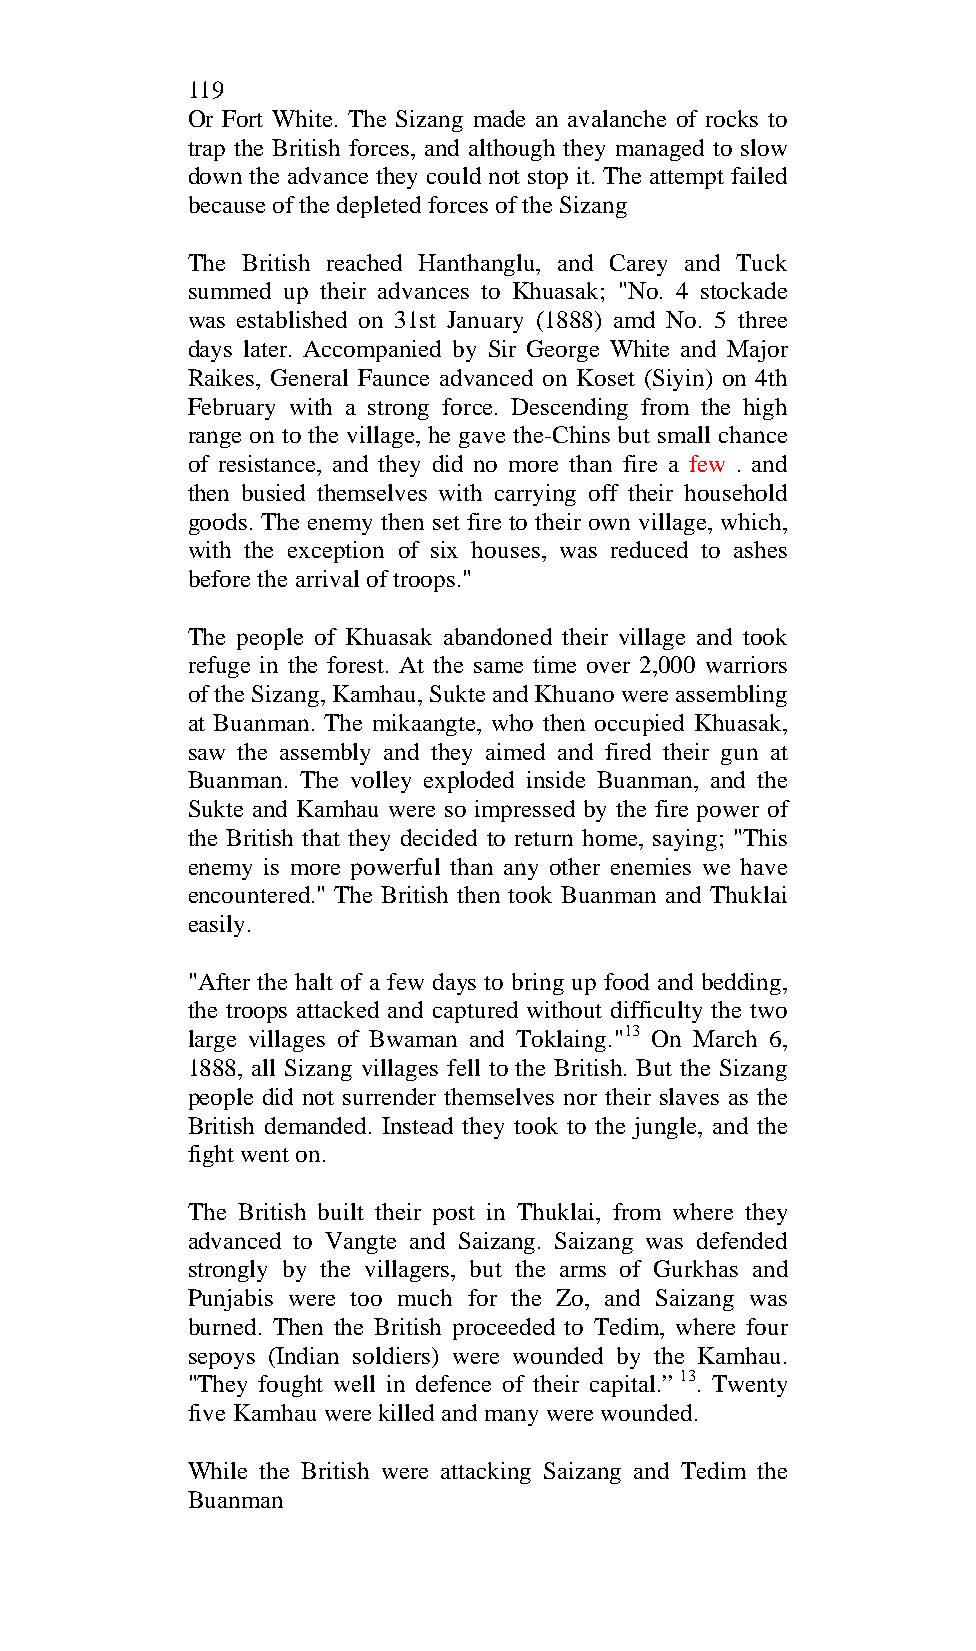
119
 Or Fort White. The Sizang made an avalanche of rocks to
 trap the British forces, and although they managed to slow
 down the advance they could not stop it. The attempt failed
 because of the depleted forces of the Sizang
 The British reached Hanthanglu, and Carey and Tuck
 summed up their advances to Khuasak; "No. 4 stockade
 was established on 31st January (1888) amd No. 5 three
 days later. Accompanied by Sir George White and Major
 Raikes, General Faunce advanced on Koset (Siyin) on 4th
 February with a strong force. Descending from the high
 range on to the village, he gave the-Chins but small chance
 of resistance, and they did no more than fire a few . and
 then busied themselves with carrying off their household
 goods. The enemy then set fire to their own village, which,
 with the exception of six houses, was reduced to ashes
 before the arrival of troops."
 The people of Khuasak abandoned their village and took
 refuge in the forest. At the same time over 2,000 warriors
 of the Sizang, Kamhau, Sukte and Khuano were assembling
 at Buanman. The mikaangte, who then occupied Khuasak,
 saw the assembly and they aimed and fired their gun at
 Buanman. The volley exploded inside Buanman, and the
 Sukte and Kamhau were so impressed by the fire power of
 the British that they decided to return home, saying; "This
 enemy is more powerful than any other enemies we have
 encountered." The British then took Buanman and Thuklai
 easily.
 "After the halt of a few days to bring up food and bedding,
 the troops attacked and captured without difficulty the two
 large villages of Bwaman and Toklaing."13 On March 6,
 1888, all Sizang villages fell to the British. But the Sizang
 people did not surrender themselves nor their slaves as the
 British demanded. Instead they took to the jungle, and the
 fight went on.
 The British built their post in Thuklai, from where they
 advanced to Vangte and Saizang. Saizang was defended
 strongly by the villagers, but the arms of Gurkhas and
 Punjabis were too much for the Zo, and Saizang was
 burned. Then the British proceeded to Tedim, where four
 sepoys (Indian soldiers) were wounded by the Kamhau.
 "They fought well in defence of their capital.” 13. Twenty
 five Kamhau were killed and many were wounded.
 While the British were attacking Saizang and Tedim the
 Buanman